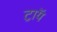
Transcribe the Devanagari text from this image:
ट्राॅय